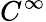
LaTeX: C^{\infty}